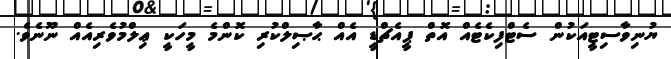
ޔުނިވާސިޓީއަކުން ސެޓްފިކެޓެއް އޮތް ޕީއެޗްޑީ އެއް ޙާޞިލްކުރިި ކޮންމެ މީހަކީ ޢިލްމުވެރިއެއް ނޫނެވެ.